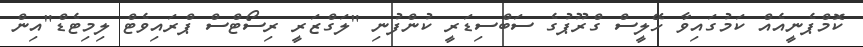
ކޮމްޕެނީއެއް ކަމުގައިވާ ހޭލީސް ގްރޫޕުގެ ސަބްސިޑަރީ ކުންފުނި "ލަގްޒަރީ ރިސޯޓްސް ޕްރައިވެޓް ލިމިޓެޑް"އިން